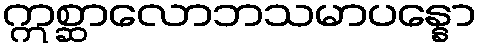
ဣစ္ဆာလောဘသမာပန္နော